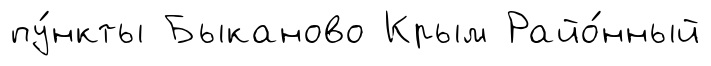
пу́нкты Быканово Крым Райо́нный